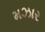
મઝાર